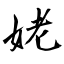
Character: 姥